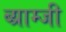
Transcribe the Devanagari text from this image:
ब्य्राम्जी